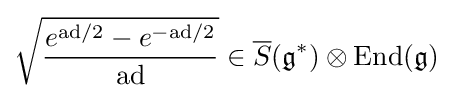
{\sqrt {\frac {e^{\mathrm {ad} /2}-e^{-\mathrm {ad} /2}}{\mathrm {ad} }}}\in {\overline {S}}({\mathfrak {g}}^{\ast })\otimes \mathrm {End} ({\mathfrak {g}})